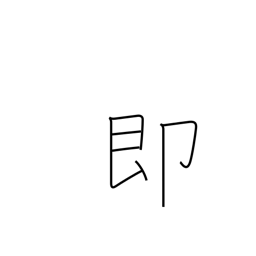
Meaning: instant